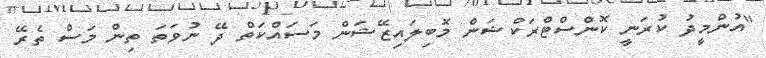
"އުންމީދު ކުރަނީ ކޮންސްޓްރަކްޝަން މޮބިލައިޒޭޝަން މަސައްކަތް ދޭ ނުވަތަ ތިން މަސް ތެރޭ